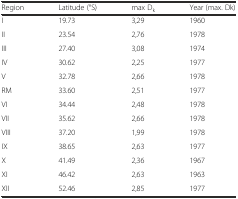
<table><thead><tr><td><b>Region</b></td><td><b>Latitude (°S)</b></td><td><b>max D<sub>k</sub></b></td><td><b>Year (max. Dk)</b></td></tr></thead><tbody><tr><td>I</td><td>19.73</td><td>3,29</td><td>1960</td></tr><tr><td>II</td><td>23.54</td><td>2,76</td><td>1978</td></tr><tr><td>III</td><td>27.40</td><td>3,08</td><td>1974</td></tr><tr><td>IV</td><td>30.62</td><td>2,25</td><td>1977</td></tr><tr><td>V</td><td>32.78</td><td>2,66</td><td>1978</td></tr><tr><td>RM</td><td>33.60</td><td>2,51</td><td>1977</td></tr><tr><td>VI</td><td>34.44</td><td>2,48</td><td>1978</td></tr><tr><td>VII</td><td>35.62</td><td>2,66</td><td>1978</td></tr><tr><td>VIII</td><td>37.20</td><td>1,99</td><td>1978</td></tr><tr><td>IX</td><td>38.65</td><td>2,63</td><td>1977</td></tr><tr><td>X</td><td>41.49</td><td>2,36</td><td>1967</td></tr><tr><td>XI</td><td>46.42</td><td>2,63</td><td>1963</td></tr><tr><td>XII</td><td>52.46</td><td>2,85</td><td>1977</td></tr></tbody></table>